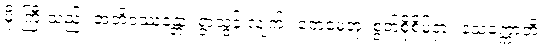
မိုးကြီးသည်။ အဘိဝဿန္တော၊ ရွာသွန်းလျက်။ တေမေတုံ၊ စွတ်စိုစိမ့်ငှာ။ နသက္ကောတိ၊